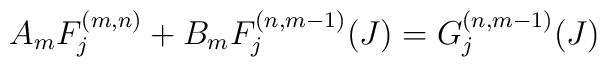
A_m F_{j}^{(m,n)}+B_m F_{j}^{(n,m-1)}(J)=G_{j}^{(n,m-1)}(J)